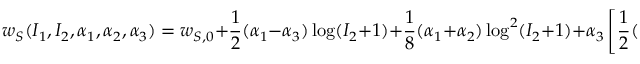
w _ { S } ( I _ { 1 } , I _ { 2 } , \alpha _ { 1 } , \alpha _ { 2 } , \alpha _ { 3 } ) = w _ { S , 0 } + \frac { 1 } { 2 } ( \alpha _ { 1 } - \alpha _ { 3 } ) \log ( I _ { 2 } + 1 ) + \frac { 1 } { 8 } ( \alpha _ { 1 } + \alpha _ { 2 } ) \log ^ { 2 } ( I _ { 2 } + 1 ) + \alpha _ { 3 } \left[ \frac { 1 } { 2 } ( I _ { 1 } + 2 ) - 1 \right] ,